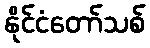
နိုင်ငံတော်သစ်